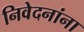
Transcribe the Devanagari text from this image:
निवेदनांना